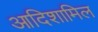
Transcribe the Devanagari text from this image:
आदिशामिल